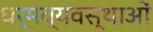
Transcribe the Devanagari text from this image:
धर्मव्यवस्थाओं